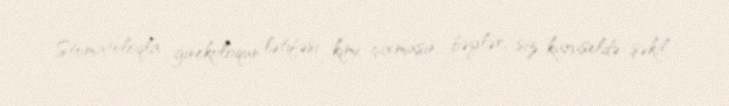
Stomatoloqla ginekoloqun lətifəsi kimi çıxmasın, bəylər, siz karuseldə şəkil